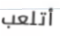
أتلعب